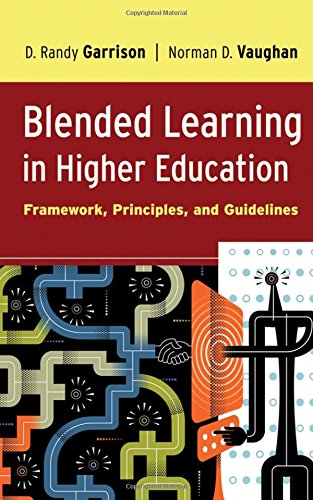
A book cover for Blended Learning in Higher Education: Framework, Principles, and Guidelines; D. Randy Garrison; Education & Teaching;